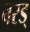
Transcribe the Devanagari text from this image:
बरड्